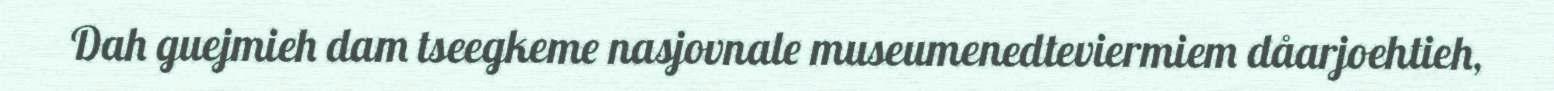
Dah guejmieh dam tseegkeme nasjovnale museumenedteviermiem dåarjoehtieh,